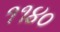
૧૧૪૦